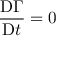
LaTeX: { \frac { \mathrm { D } \Gamma } { \mathrm { D } t } } = 0